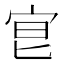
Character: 𡧮